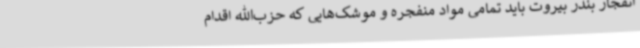
انفجار بندر بیروت باید تمامی مواد منفجره و موشک‌هایی که حزب‌الله اقدام